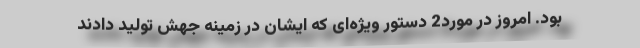
بود. امروز در مورد2 دستور ویژه‌ای که ایشان در زمینه جهش تولید دادند